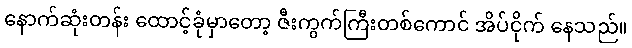
နောက်ဆုံးတန်း ထောင့်ခုံမှာတော့ ဇီးကွက်ကြီးတစ်ကောင် အိပ်ငိုက် နေသည်။